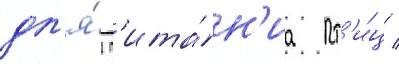
дл'я́ п'ита́н'иа пт'и́ц /